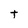
Character: t